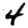
Digit: 4